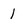
Character: 1